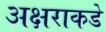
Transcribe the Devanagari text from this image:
अक्षराकडे